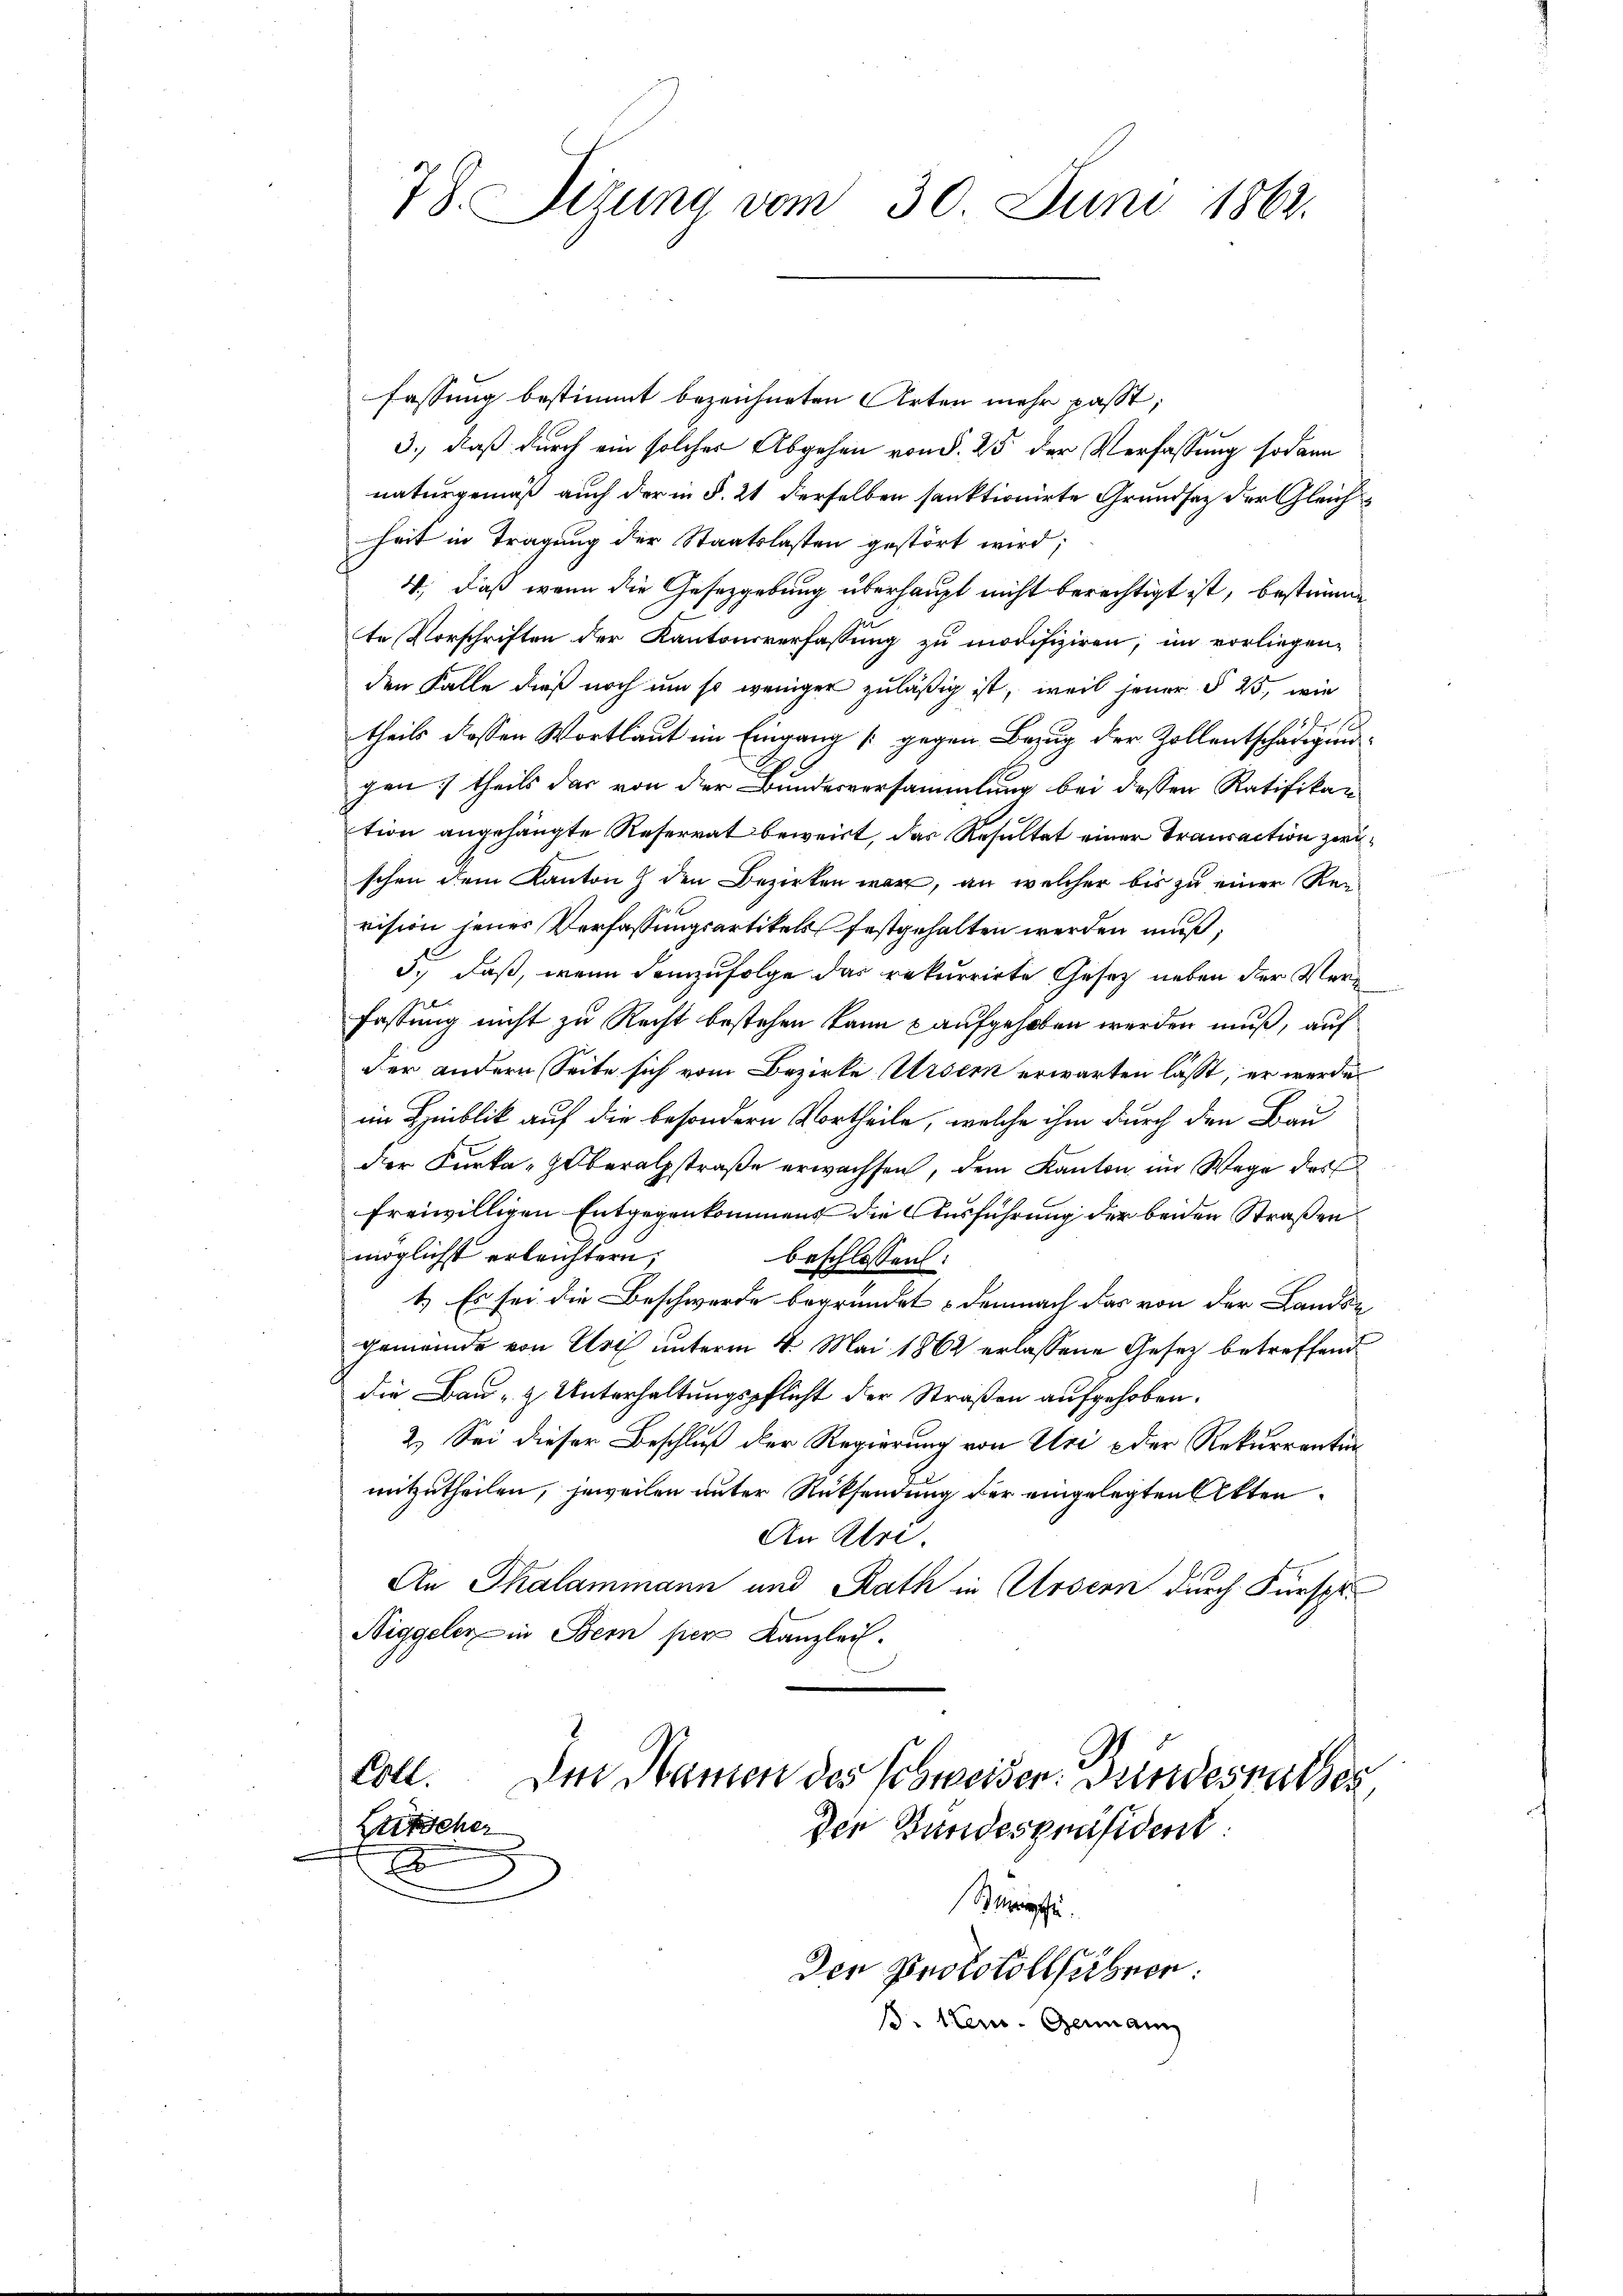
78. Sizung vom 30. Juni 1864.

fassung bestimmt bezeichneten Arten mehr passt,
3., daß durch ein solcher Abgehen von §. 25 der Verfassung sodann
naturgemäß auch der in §. 21 derselben sanktionirte Grundsatz der Gleichheit in Tragung der Staatslasten gestört wird;
4, daß wenn die Gesetzgebung überhaupt nicht berechtigt ist, bestimme
te Vorschriften der Kantonsverfassung zu modifiziren; im vorliegen-
den Falle dieß noch um so weniger zuläßig ist, weil jener § 25, wie
f
theils dessen Wortlaut im Eingang [gegen Bezug der Zollentschädigun
gen) theils das von der Bundesversammlung bei dessen Ratifikation angehängte Reserrat beweist, das Resultat einer Transaction zwischen dem Kanton den Bezirken war, an welcher bis zu einer Revision jenes Verfassungsartikels festgehalten werden muß;
3.) Daß, wenn demzufolge das rekurrirte Gesetz neben der Verfassung nicht zu Recht bestehen kann & aufgehoben werden muß, auf
der andern Seite sich vom Bezirke Ursern erwarten lässt, er werde
im Heiblik auf die besondern Vortheile, welche ihm durch den Bau
der Kurka-Höberalstraße erwachsen, dem Kanton im Wege des
freiwilligen Entgegenkommens die Ausführung der beiden Straßen
möglichst erleichtern.
beschlossen:
1.) Es sei die Beschwerde begründet & demnach das von der Landse
gemeinde von Esel unterm 4. Mai 1862 erlassene Gesetz betreffend
die Bau- & Unterhaltungspflicht der Straßen aufgehoben.
2.) Sei dieser Beschluß der Regierung von Uri der Rekurrentinmitzutheilen, jeweilen unter Rücksendung der eingelegten Akten.
An Uri,
An Skalammann und Rath in Ursern durch Fürspr
Niggeler in Bern per Kanzlei.

.
Siehe
Den Protokollsübern:
s: Nein. Germann

Coll.
Der Namen des Schweiser. Bundesrathes
Litscher
der Bundespräsident: